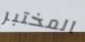
المختبر